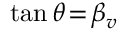
\tan { \theta } \! = \! \beta _ { v }